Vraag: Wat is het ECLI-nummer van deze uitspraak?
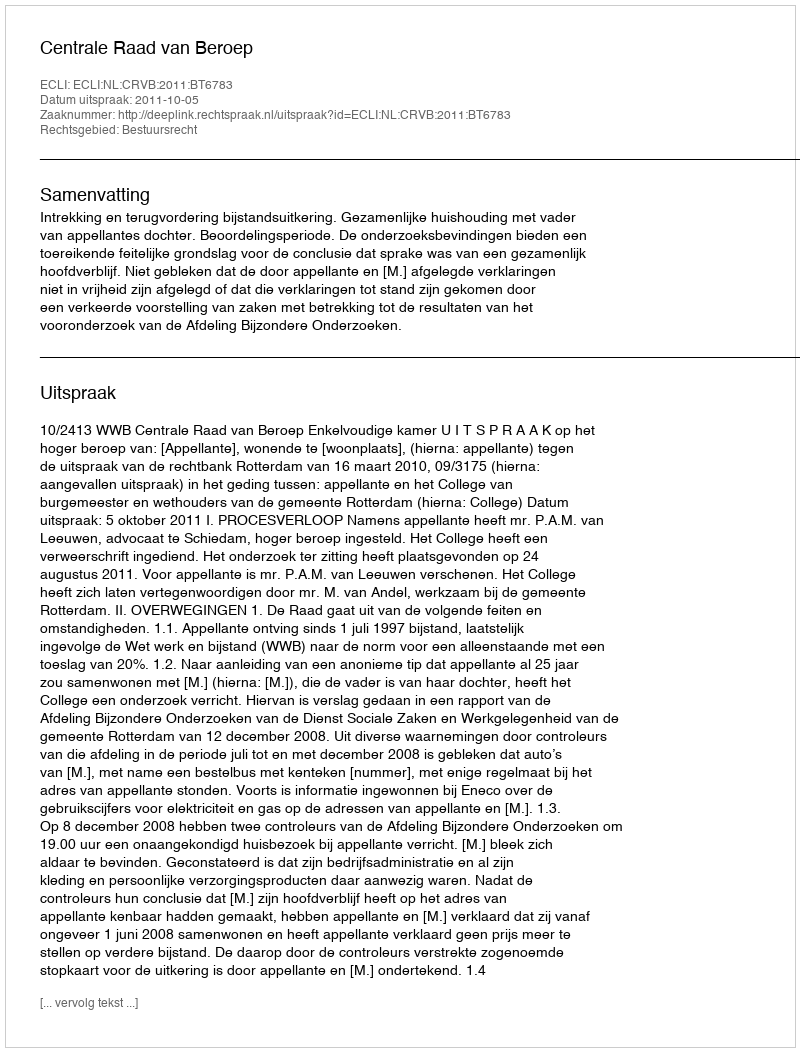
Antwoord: ECLI:NL:CRVB:2011:BT6783